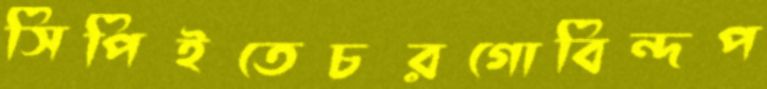
সিপিইতেচরগোবিন্দপ